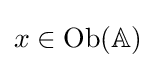
x\in {\text{Ob}}(\mathbb {A} )